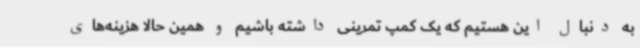
به دنبال این هستیم که یک کمپ تمرینی داشته باشیم و همین حالا هزینه‌های